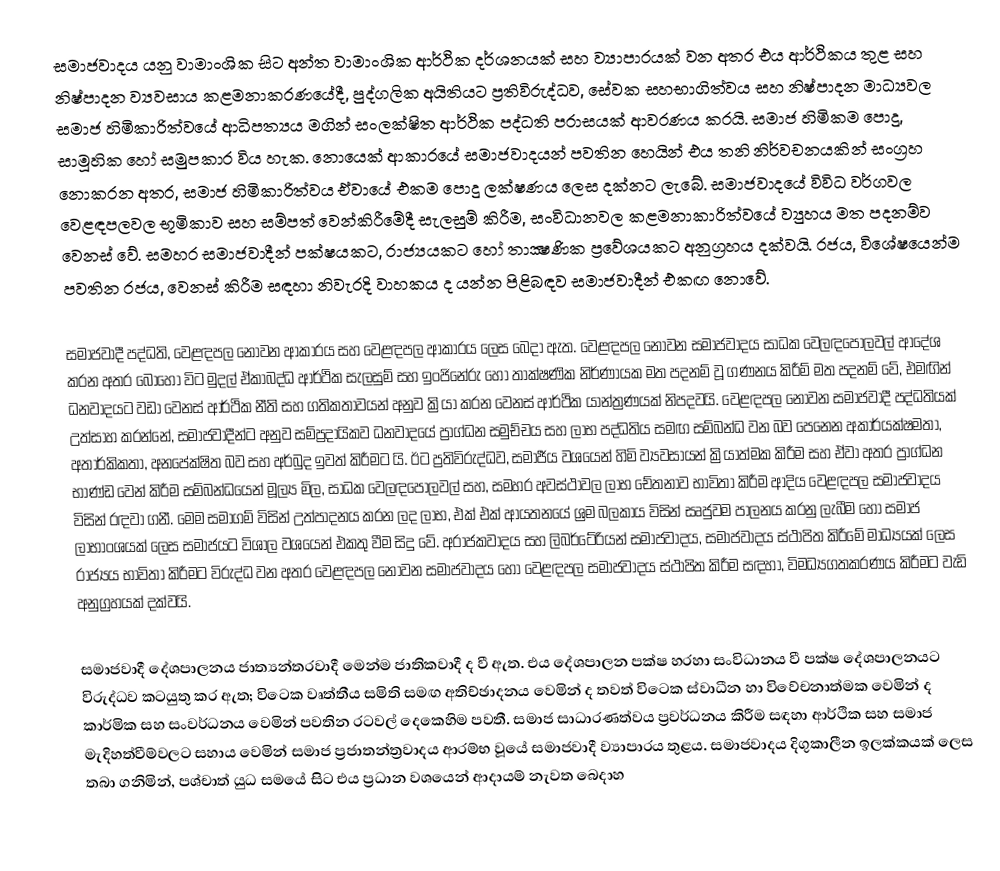
සමාජවාදය යනු වාමාංශික සිට අන්ත වාමාංශික ආර්ථික දර්ශනයක් සහ ව්‍යාපාරයක් වන අතර එය ආර්ථිකය තුළ සහ නිෂ්පාදන ව්‍යවසාය කළමනාකරණයේදී, පුද්ගලික අයිතියට ප්‍රතිවිරුද්ධව, සේවක සහභාගිත්වය සහ නිෂ්පාදන මාධ්‍යවල සමාජ හිමිකාරිත්වයේ ආධිපත්‍යය මගින් සංලක්ෂිත ආර්ථික පද්ධති පරාසයක් ආවරණය කරයි. සමාජ හිමිකම පොදු, සාමූහික හෝ සමුපකාර විය හැක. නොයෙක් ආකාරයේ සමාජවාදයන් පවතින හෙයින් එය තනි නිර්වචනයකින් සංග්‍රහ නොකරන අතර, සමාජ හිමිකාරිත්වය ඒවායේ එකම පොදු ලක්ෂණය ලෙස දක්නට ලැබේ. සමාජවාදයේ විවිධ වර්ගවල වෙළඳපලවල භූමිකාව සහ සම්පත් වෙන්කිරීමේදී සැලසුම් කිරීම, සංවිධානවල කළමනාකාරිත්වයේ ව්‍යුහය මත පදනම්ව වෙනස් වේ. සමහර සමාජවාදීන් පක්ෂයකට, රාජ්‍යයකට හෝ තාක්‍ෂණික ප්‍රවේශයකට අනුග්‍රහය දක්වයි. රජය, විශේෂයෙන්ම පවතින රජය, වෙනස් කිරීම සඳහා නිවැරදි වාහකය ද යන්න පිළිබඳව සමාජවාදීන් එකඟ නොවේ.

සමාජවාදී පද්ධති, වෙළඳපල නොවන ආකාරය සහ වෙළඳපල ආකාරය ලෙස බෙදා ඇත. වෙළඳපල නොවන සමාජවාදය සාධක වෙලඳපොලවල් ආදේශ කරන අතර බොහෝ විට මුදල් ඒකාබද්ධ ආර්ථික සැලසුම් සහ ඉංජිනේරු හෝ තාක්ෂණික නිර්ණායක මත පදනම් වූ ගණනය කිරීම් මත පදනම් වේ, එමඟින් ධනවාදයට වඩා වෙනස් ආර්ථික නීති සහ ගතිකතාවයන් අනුව ක්‍රියා කරන වෙනස් ආර්ථික යාන්ත්‍රණයක් නිපදවයි. වෙළඳපල නොවන සමාජවාදී පද්ධතියක් උත්සාහ කරන්නේ, සමාජවාදීන්ට අනුව සම්ප්‍රදායිකව ධනවාදයේ ප්‍රාග්ධන සමුච්චය සහ ලාභ පද්ධතිය සමඟ සම්බන්ධ වන බව පෙනෙන අකාර්යක්ෂමතා, අතාර්කිකතා, අනපේක්ෂිත බව සහ අර්බුද ඉවත් කිරීමට යි. ඊට ප්‍රතිවිරුද්ධව, සමාජීය වශයෙන් හිමි ව්‍යවසායන් ක්‍රියාත්මක කිරීම සහ ඒවා අතර ප්‍රාග්ධන භාණ්ඩ වෙන් කිරීම සම්බන්ධයෙන් මූල්‍ය මිල, සාධක වෙලඳපොලවල් සහ, සමහර අවස්ථාවල ලාභ චේතනාව භාවිතා කිරීම ආදිය වෙළඳපල සමාජවාදය විසින් රඳවා ගනී. මෙම සමාගම් විසින් උත්පාදනය කරන ලද ලාභ, එක් එක් ආයතනයේ ශ්‍රම බලකාය විසින් සෘජුවම පාලනය කරනු ලැබීම හෝ සමාජ ලාභාංශයක් ලෙස සමාජයට විශාල වශයෙන් එකතු වීම සිදු වේ. අරාජකවාදය සහ ලිබර්ටේරියන් සමාජවාදය, සමාජවාදය ස්ථාපිත කිරීමේ මාධ්‍යයක් ලෙස රාජ්‍යය භාවිතා කිරීමට විරුද්ධ වන අතර වෙළඳපල නොවන සමාජවාදය හෝ වෙළඳපල සමාජවාදය ස්ථාපිත කිරීම සඳහා, විමධ්‍යගතකරණය කිරීමට වැඩි අනුග්‍රහයක් දක්වයි.

සමාජවාදී දේශපාලනය ජාත්‍යන්තරවාදී මෙන්ම ජාතිකවාදී ද වී ඇත. එය දේශපාලන පක්ෂ හරහා සංවිධානය වී පක්ෂ දේශපාලනයට විරුද්ධව කටයුතු කර ඇත; විටෙක වෘත්තීය සමිති සමඟ අතිච්ඡාදනය වෙමින් ද තවත් විටෙක ස්වාධීන හා විවේචනාත්මක වෙමින් ද කාර්මික සහ සංවර්ධනය වෙමින් පවතින රටවල් දෙකෙහිම පවතී. සමාජ සාධාරණත්වය ප්‍රවර්ධනය කිරීම සඳහා  ආර්ථික සහ සමාජ මැදිහත්වීම්වලට සහාය වෙමින් සමාජ ප්‍රජාතන්ත්‍රවාදය ආරම්භ වූයේ සමාජවාදී ව්‍යාපාරය තුළය. සමාජවාදය දිගුකාලීන ඉලක්කයක් ලෙස තබා ගනිමින්, පශ්චාත් යුධ සමයේ සිට එය ප්‍රධාන වශයෙන් ආදායම් නැවත බෙදාහ